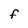
Character: F